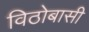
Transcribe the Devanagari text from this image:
विठोबासी